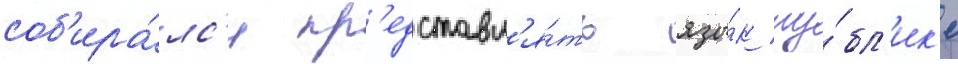
соб'ира́лс'я пр'едставл'я́ть язы́к пу́бл'ик'е